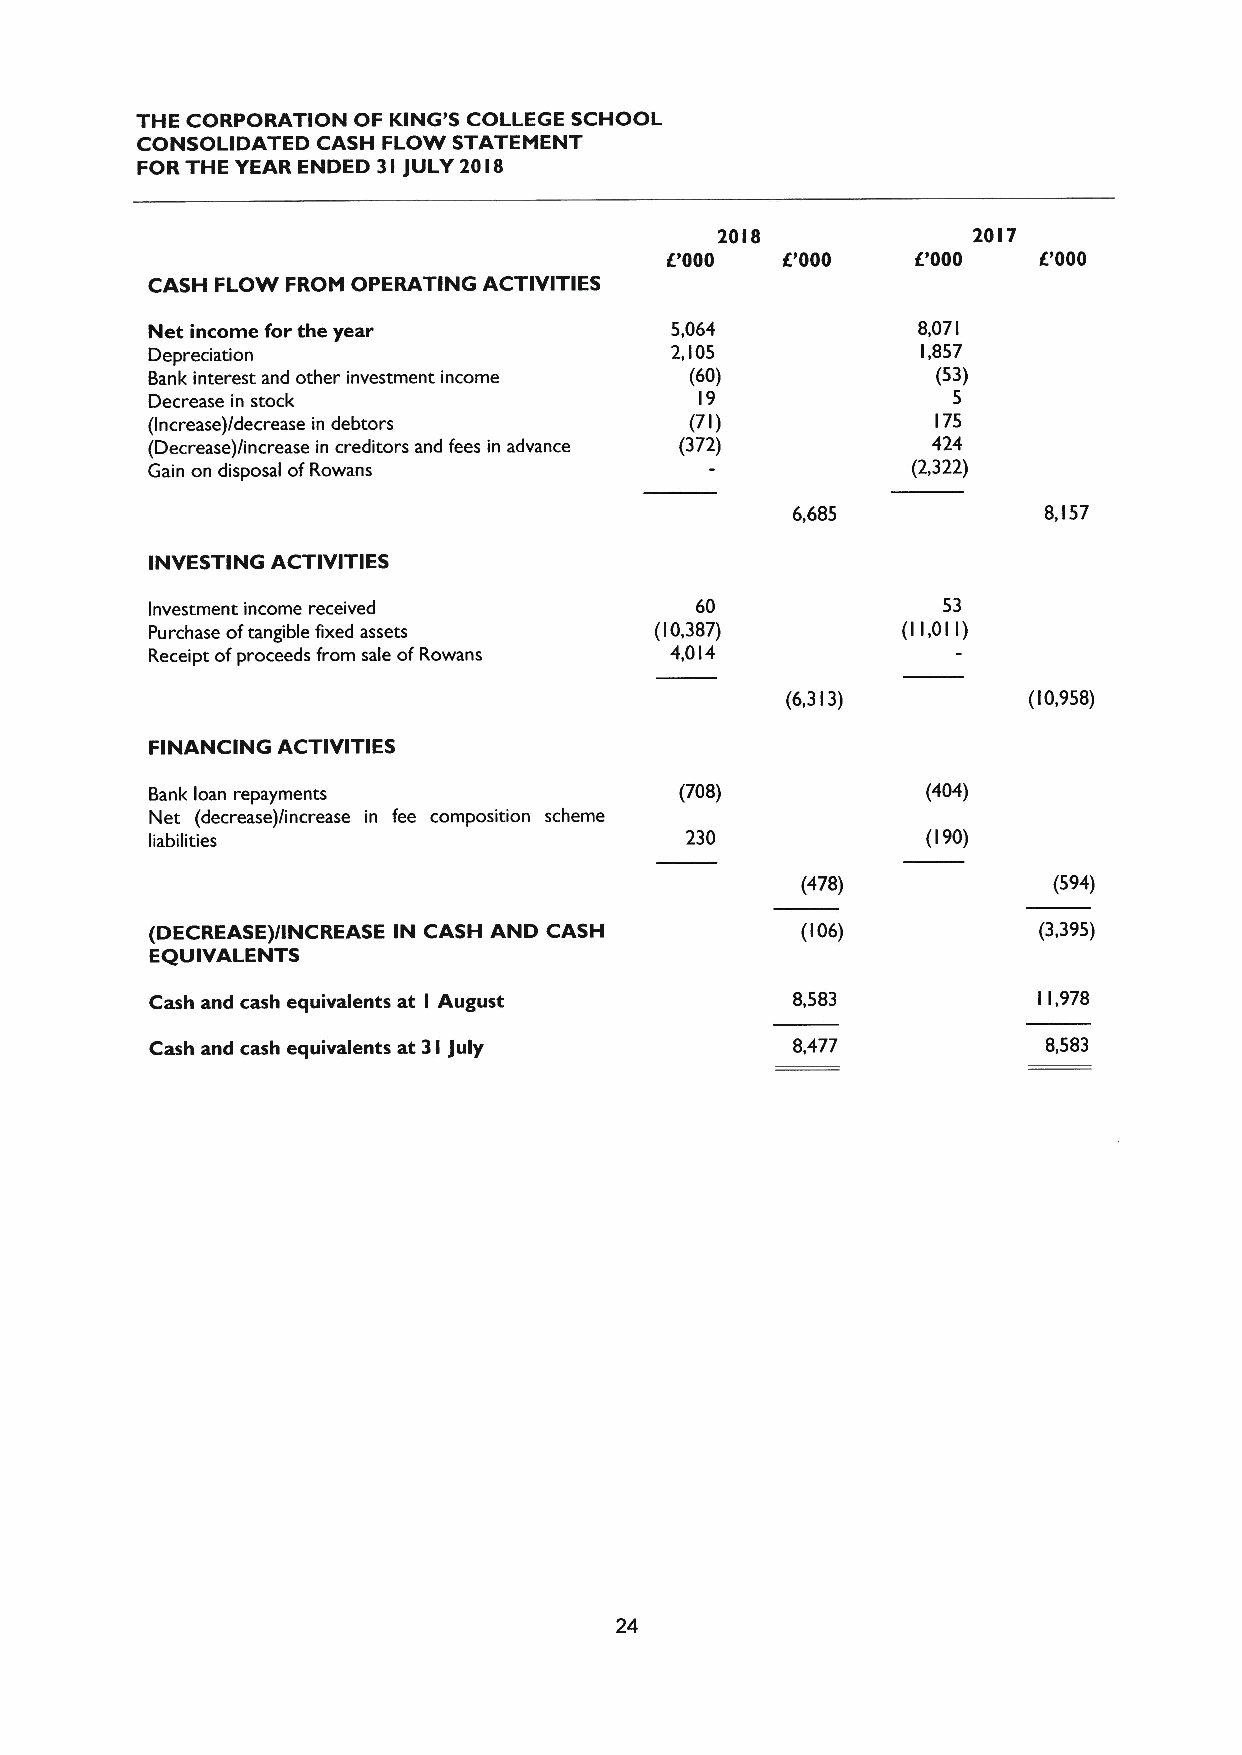
THE CORPORATION OF KING'S COLLEGE SCHOOL
 CONSOLIDATED CASH FLOW STATEMENT
 FOR THE YEAR ENDED 3I JULY 2018
 20I8            20I7
 IE'000  F000     IE'000  E'000
 CASH FLOW FROM OPERATING ACTIVITIES
 Net income for the year           5.064            8,07 I
 Depreciation                      2,I05            I,857
 Bank interest and other investment income (60)      (53)
 Decrease in stock                   l9               5
 (Increase)/decrease in debtors      (7I)            I75
 (Decrease)/increase in creditors and fees in advance (372) 424
 Gain on disposal ofRowans                         (2,322)
 6,685            8,I57
 INVESTING ACTIVITIES
 Investment income received          60              53
 Purchase oftangible fixed assets (I0,387)         (II,OI I)
 Receipt ofproceeds from sale ofRowans 4,0I4
 (6,3 I3)        (I0,958)
 FINANCING ACTIVITIES
 Bank loan repayments               (708)           (404)
 Net (decrease)/increase in fee composition scheme
 liabilities                        230             (I90)
 (478)            (594)
 (DECREASE)/INCREASE IN CASH AND CASH       (I06)           (3,395)
 EQUIVALENTS
 Cash and cash equivalents at I August     8,583            I I,978
 Cash and cash equivalents at 3I July      8,477            8,583
 24